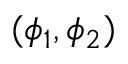
( \phi _ { 1 } , \phi _ { 2 } )